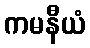
ကမနီယံ